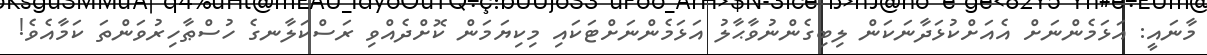
މާނައީ: އަޅަމެންނަށް އެއަށްކުޅަދާނަކަން ލިބިގެންނުވާޙާލު އަޅަމެންނަށްޓަކައި މިކިޔަމަން ކޮށްދެއްވި ރަސްކަލާނގެ ހުސްޠާހިރުވަންތަ ކަމާއެވެ!